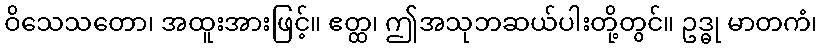
ဝိသေသတော၊ အထူးအားဖြင့်။ ဧတ္ထ၊ ဤအသုဘဆယ်ပါးတို့တွင်။ ဥဒ္ဓု မာတကံ၊